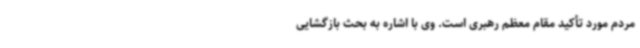
مردم مورد تأکید مقام معظم رهبری است. وی با اشاره به بحث بازگشایی